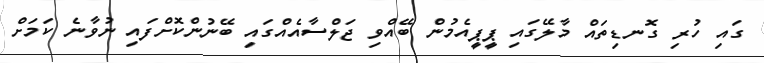
ގައި ހުރި ގޮނޑިތައް މާލޭގައި ޕީޕީއެމުން ބޭއްވި ޖަލްސާއެއްގައި ބޭނުންކޮށްފައި ނުވާނެ ކަމަށް